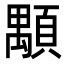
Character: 顒